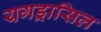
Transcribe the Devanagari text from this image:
यगड्रासिल